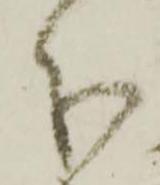
分